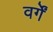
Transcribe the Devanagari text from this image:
वर्गें